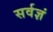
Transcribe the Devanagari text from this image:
सर्वज्ञं